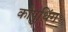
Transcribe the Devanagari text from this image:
कौपुथिंग